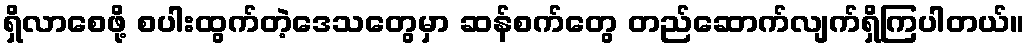
ရှိလာစေဖို့ စပါးထွက်တဲ့ဒေသတွေမှာ ဆန်စက်တွေ တည်ဆောက်လျက်ရှိကြပါတယ်။